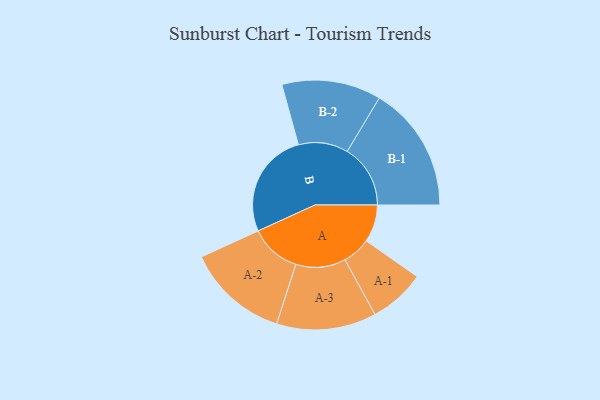
{"axis": {"x": "Segment", "y": "Value"}, "legend": ["", "A", "B"], "data": [{"x": "A", "y": 172, "type": ""}, {"x": "B", "y": 487, "type": ""}, {"x": "A-1", "y": 129, "type": "A"}, {"x": "A-2", "y": 234, "type": "A"}, {"x": "A-3", "y": 229, "type": "A"}, {"x": "B-1", "y": 290, "type": "B"}, {"x": "B-2", "y": 228, "type": "B"}]}